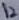
Text: 12